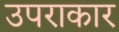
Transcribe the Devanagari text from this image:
उपराकार